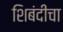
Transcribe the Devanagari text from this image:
शिबंदीचा